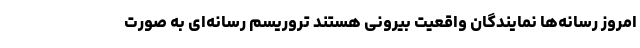
امروز رسانه‌ها نمایندگان واقعیت بیرونی هستند تروریسم رسانه‌ای به صورت